[Report on the health of British troops in the Madras command]
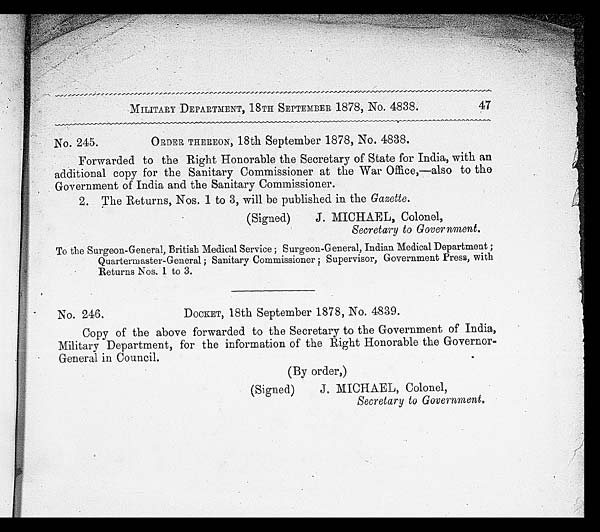
MILITARY DEPARTMENT, 18TH SEPTEMBER 1878, No. 4838.
47
No. 245.
ORDER THEREON, 18th September 1878, No. 4838.
Forwarded to the Right Honorable the Secretary of State for India, with an
additional copy for the Sanitary Commissioner at the War Office,—also to the
Government of India and the Sanitary Commissioner.
2. The Returns, Nos. 1 to 3, will be published in the Gazette.
(Signed) J. MICHAEL, Colonel,
Secretary to Government.
To the Surgeon-General, British Medical Service; Surgeon-General, Indian Medical Department;
Quartermaster-General; Sanitary Commissioner; Supervisor, Government Press, with
Returns Nos. 1 to 3.
No. 246.
OCKET, 18th September 1878, No. 4839.
Copy of the above forwarded to the Secretary to the Government of India,
Military Department, for the information of the Right Honorable the Governor-
General in Council.
(By order,)
(Signed) J. MICHAEL, Colonel,
Secretary to Government.